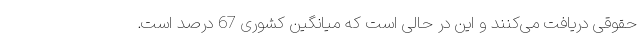
حقوقی دریافت می‌کنند و این در حالی است که میانگین کشوری 67 درصد است.